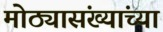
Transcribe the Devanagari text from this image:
मोठ्यासंख्यांच्या